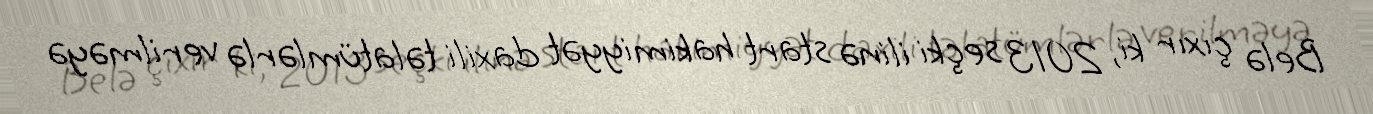
Belə çıxır ki, 2013 seçki ilinə start hakimiyyət daxili təlatümlərlə verilməyə